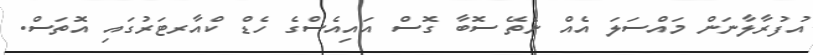
އުފުރާލާނަން މައްސަލަ އެެއް ނެތޭ ސޮބާ ގޮސް އައިއެސްގެ ހެޑް ކްއާރޓަރުގައި އޮތަސް.